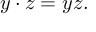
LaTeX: y \cdot z = y z .